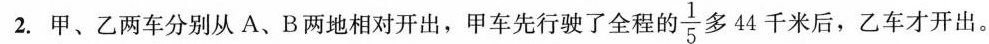
2.甲、乙两车分别从A、B两地相对开出，甲车先行驶了全程的 \frac{1}{5}多44千米后，乙车才开出。